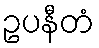
ဥပနီတံ